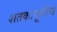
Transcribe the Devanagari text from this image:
शतकापूर्वीच